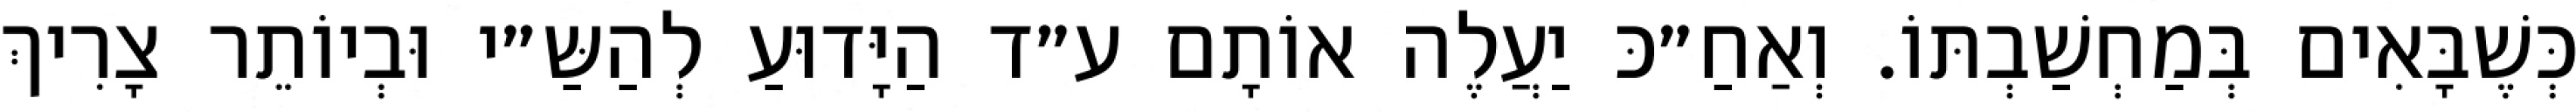
כְּשֶׁבָּאִים בְּמַחְשַׁבְתּוֹ. וְאַחַ״כּ יַעֲלֶה אוֹתָם ע״ד הַיָּדוּעַ לְהַשַּ״י וּבְיוֹתֵר צָרִיךְ